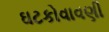
ઘટકોવાવણી